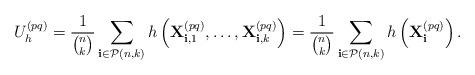
LaTeX: \begin{align*} U^{(pq)}_h = \frac{1}{{n \choose k}} \sum_{\mathbf{i}\in\mathcal{P}(n,k) } h\left(\mathbf{X}^{(pq)}_{\mathbf{i}, 1}, \dots, \mathbf{X}^{(pq)}_{\mathbf{i}, k}\right) = \frac{1}{{n \choose k}} \sum_{\mathbf{i}\in\mathcal{P}(n,k) } h\left(\mathbf{X}^{(pq)}_{\mathbf{i}}\right).\end{align*}